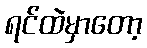
ရင်ထဲမှာတော့